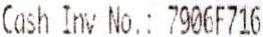
CASH INV NO.: 7906F716